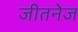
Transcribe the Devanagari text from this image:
जीतनेज